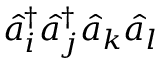
\hat { a } _ { i } ^ { \dagger } \hat { a } _ { j } ^ { \dagger } \hat { a } _ { k } \hat { a } _ { l }